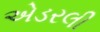
એડરલી